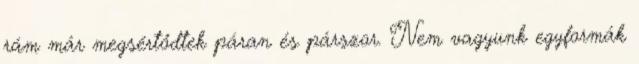
rám már megsértődtek páran és párszor. Nem vagyunk egyformák